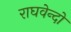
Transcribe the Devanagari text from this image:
राघवेन्दो